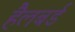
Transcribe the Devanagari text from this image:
हैलबर्ड